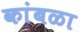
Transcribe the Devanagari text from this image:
कांबळा